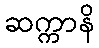
ဆက္ကာနိ